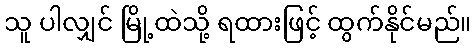
သူ ပါလျှင် မြို့ထဲသို့ ရထားဖြင့် ထွက်နိုင်မည်။